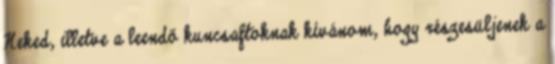
Neked, illetve a leendő kuncsaftoknak kívánom, hogy részesüljenek a